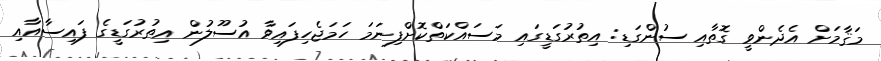
މަޤާމަށް އެދެންވީ ގޮތާއި ސުންގަޑި: އިތުރުގަޑީގައި މަސައްކަތްކޮށްފިނަމަ ހަމަޖެހިފައިވާ އުސޫލުން އިތުރުގަޑީގެ ފައިސާއާއި